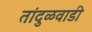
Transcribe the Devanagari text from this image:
तांदुळवाडी